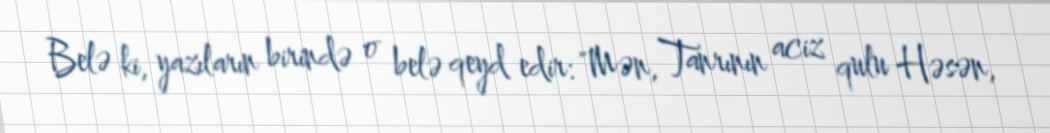
Belə ki, yazıların birində o belə qeyd edir: "Mən, Tanrının aciz qulu Həsən,